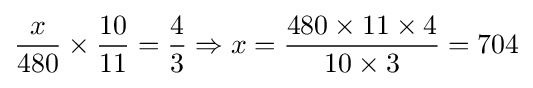
{\frac {x}{480}}\times {\frac {10}{11}}={\frac {4}{3}}\Rightarrow x={\frac {480\times 11\times 4}{10\times 3}}=704